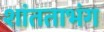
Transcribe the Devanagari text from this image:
शांतताभंग